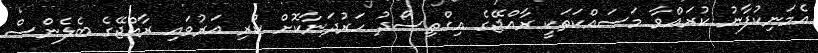
އެމަނިކުފާނު ކުރައްވާ މަސައްކަތަކީ ރާއްޖޭގެ އިގްތިސޯދު ހަރުދަނާކޮށް ކުރި އަރުވައި ރާއްޖޭގެ ބެލެންސް